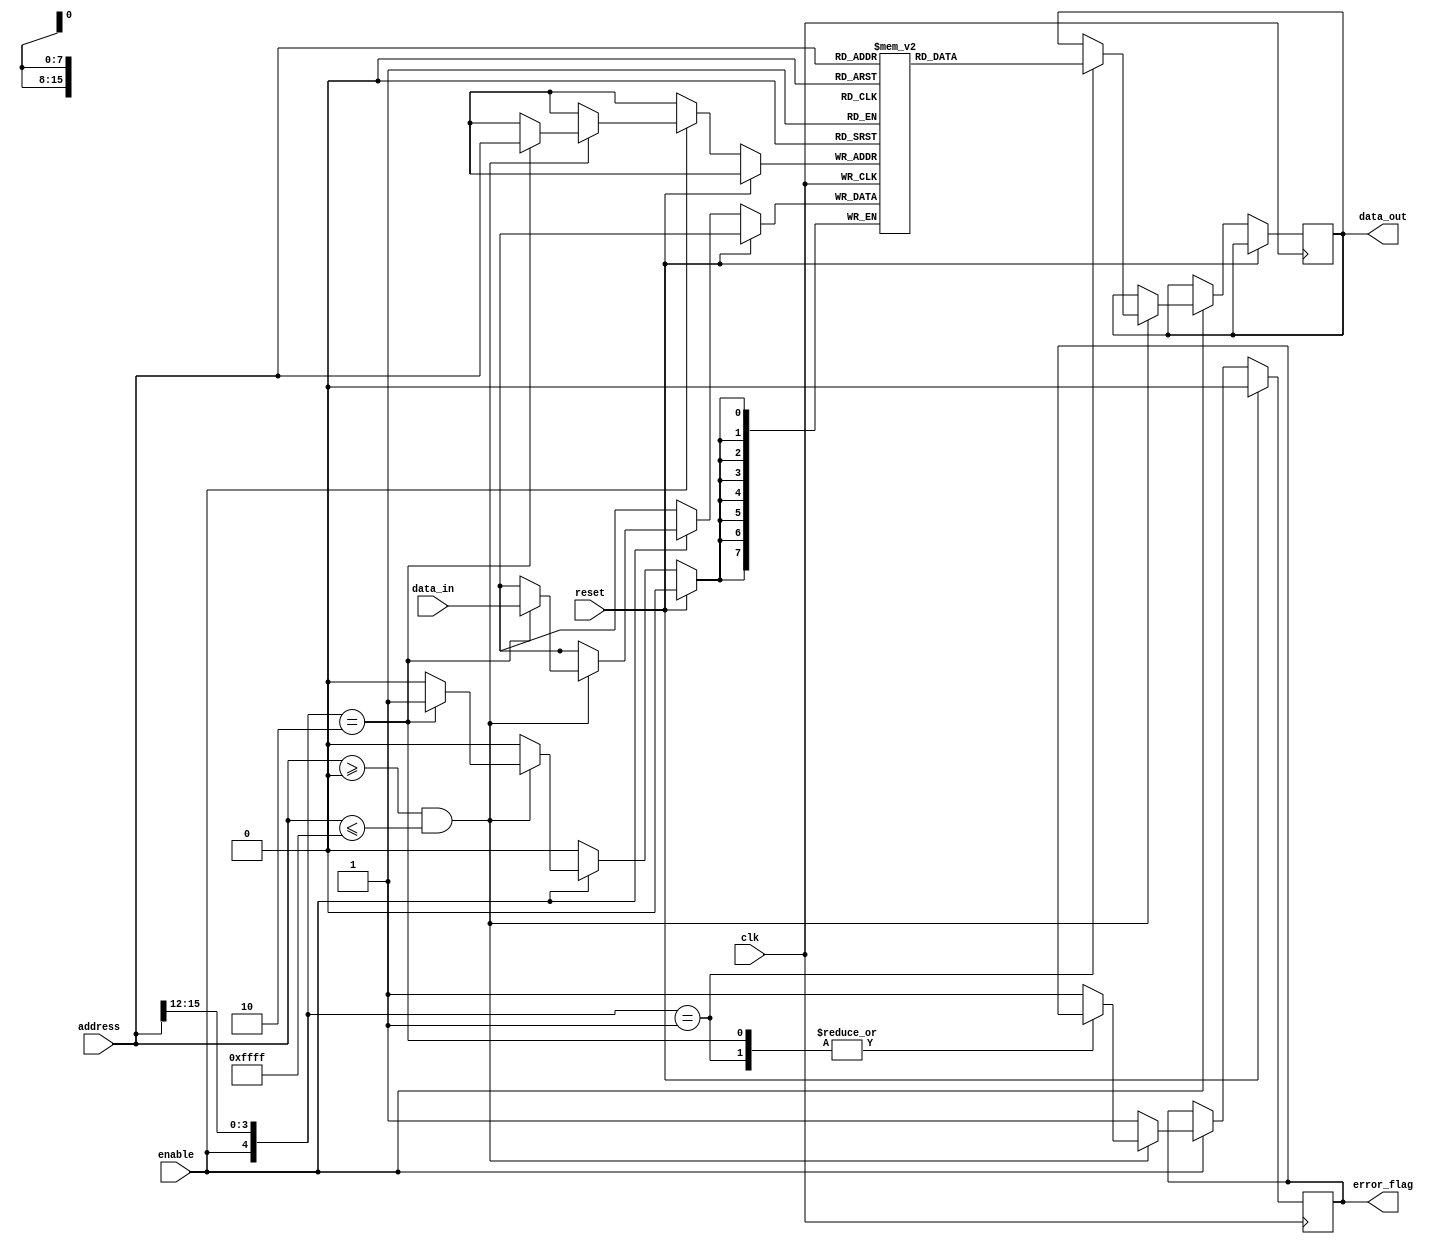
module MemoryBlocks_PCM(
    input wire clk,
    input wire reset,
    input wire enable,
    input wire [15:0] address,
    input wire [7:0] data_in,
    output reg [7:0] data_out,
    output reg error_flag
);

reg [7:0] memory [0:65535]; // 64K memory blocks in PCM cells

always @(posedge clk) begin
    if (reset) begin
        error_flag <= 0;
    end else begin
        if (enable) begin
            if (address >= 0 && address <= 65535) begin
                case ({enable, address[15:12]})
                    4'b0001: // Read operation
                        data_out <= memory[address];
                    4'b0010: // Write operation
                        memory[address] <= data_in;
                    default:
                        error_flag <= 1;
                endcase
            end else begin
                error_flag <= 1;
            end
        end
    end
end

endmodule